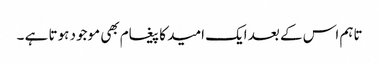
تاہم اس کے بعد ایک امید کا پیغام بھی موجود ہوتا ہے ۔